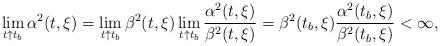
LaTeX: \begin{align*} \lim_{t\uparrow t_b} \alpha^2(t,\xi)=\lim_{t\uparrow t_b} \beta^2(t,\xi)\lim_{t\uparrow t_b}\frac{\alpha^2(t,\xi)}{\beta^2(t,\xi)}=\beta^2(t_b,\xi)\frac{\alpha^2(t_b,\xi)}{\beta^2(t_b,\xi)}<\infty,\end{align*}